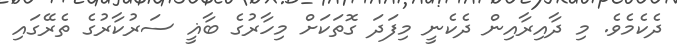
ދެކެމެވެ. މި ދާއިރާއިން ދެކެނީ މިފަދަ ގޮތަކަށް މިހާރުގެ ބާޣީ ސަރުކާރުގެ ތެރޭގައި